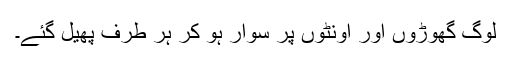
لوگ گھوڑوں اور اونٹوں پر سوار ہو کر ہر طرف پھیل گئے۔